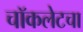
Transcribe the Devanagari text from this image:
चॉकलेटचा